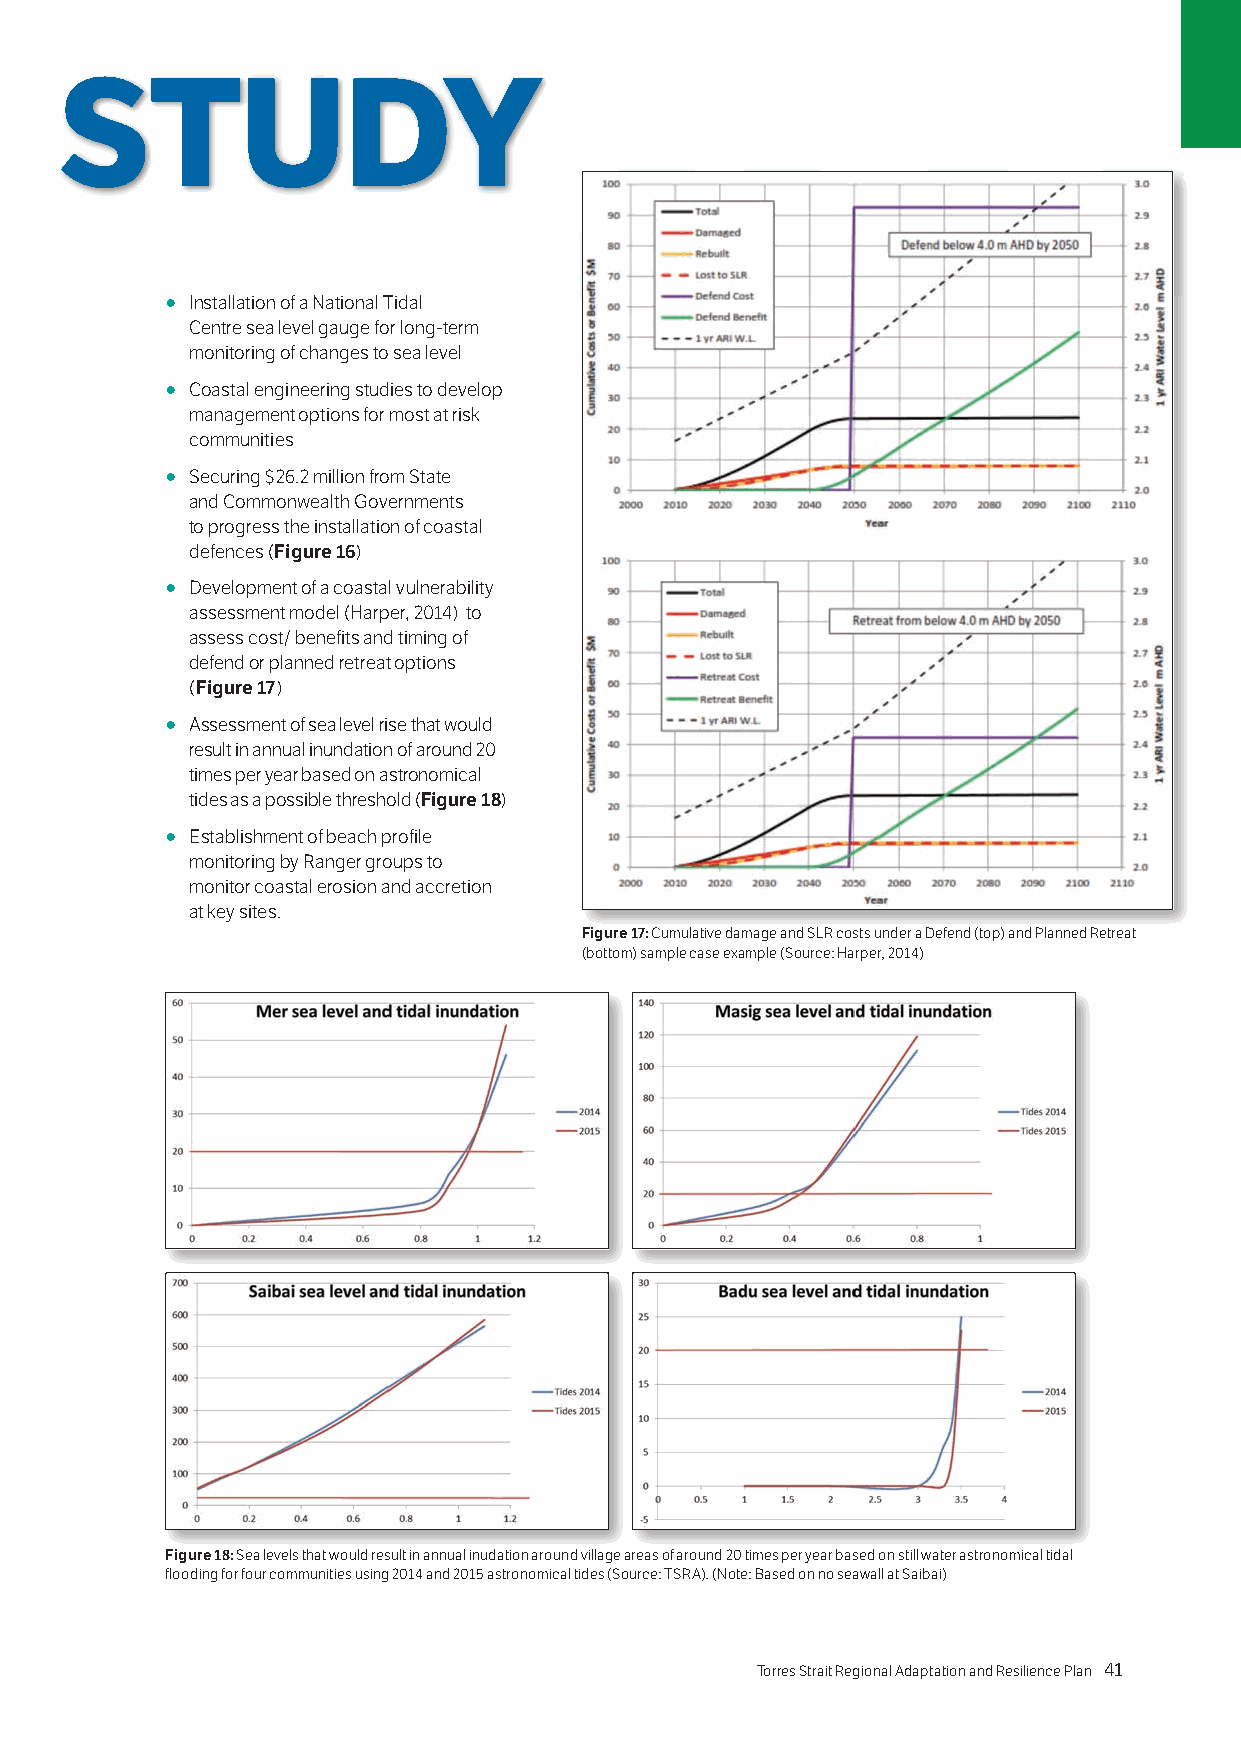
CASE STUDY
 ○ Installation of a National Tidal
 Centre sea level gauge for long-term
 monitoring of changes to sea level
 ○ Coastal engineering studies to develop
 management options for most at risk
 communities
 ○ Securing $26.2 million from State
 and Commonwealth Governments
 to progress the installation of coastal
 defences (Figure 16)
 ○ Development of a coastal vulnerability
 assessment model (Harper, 2014) to
 assess cost/ benefits and timing of
 defend or planned retreat options
 (Figure 17)
 ○ Assessment of sea level rise that would
 result in annual inundation of around 20
 times per year based on astronomical
 tides as a possible threshold (Figure 18)
 ○ Establishment of beach profile
 monitoring by Ranger groups to
 monitor coastal erosion and accretion
 at key sites.
 Figure 17: Cumulative damage and SLR costs under a Defend (top) and Planned Retreat
 (bottom) sample case example (Source: Harper, 2014)
 Figure 18: Sea levels that would result in annual inudation around village areas of around 20 times per year based on still water astronomical tidal
 flooding for four communities using 2014 and 2015 astronomical tides (Source: TSRA). (Note: Based on no seawall at Saibai)
 40 Torres Strait Regional Adaptation and Resilience Plan Torres Strait Regional Adaptation and Resilience Plan 41